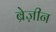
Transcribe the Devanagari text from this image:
ब्रेज़ीन